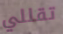
تقللي